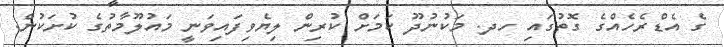
ގެ އެޑްރެހެއްގެ ގޮތުގައި ހދ. މަކުނުދޫ ކަމަށް ކުރިން ލިޔެވިފައިވަނީ މައުލޫމާތުގެ ކުށަކުން.